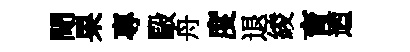
閜果專毆舟度退綾育迺